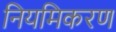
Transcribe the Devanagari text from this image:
नियमिकरण